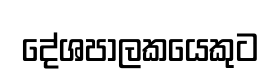
දේශපාලකයෙකුට